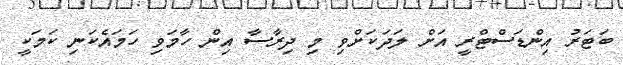
ބަޓަރު އިންޑަސްޓްރީ އަށް ލަދަކަށްވި މި ދިރާސާ އިން ހާމަވި ހަމައެކަނި ކަމަކީ